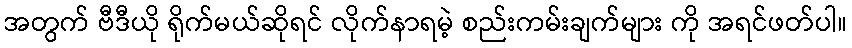
အတွက် ဗီဒီယို ရိုက်မယ်ဆိုရင် လိုက်နာရမဲ့ စည်းကမ်းချက်များ ကို အရင်ဖတ်ပါ။